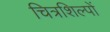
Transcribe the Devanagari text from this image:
चित्रशिल्पों